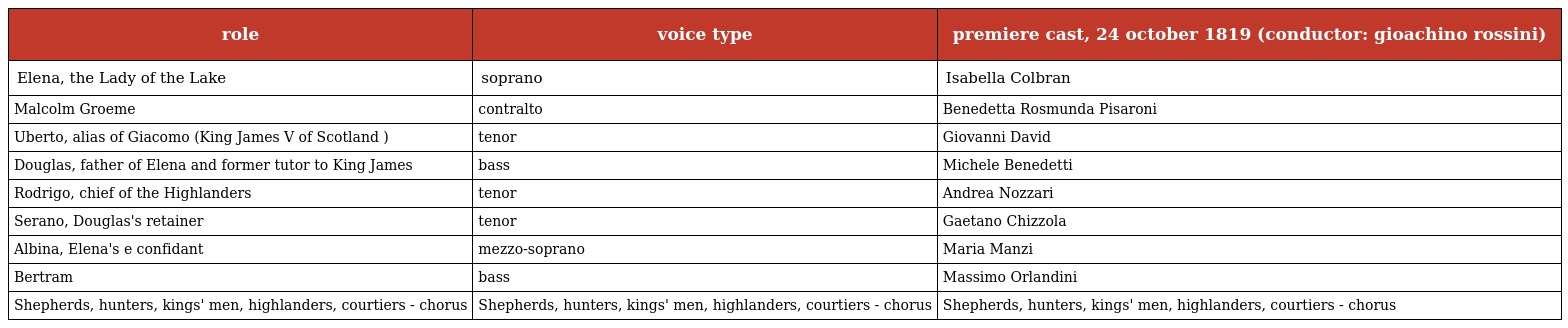
| role | voice type | premiere cast, 24 october 1819 (conductor: gioachino rossini) |
 | --- | --- | --- |
 | Elena, the Lady of the Lake | soprano | Isabella Colbran |
 | Malcolm Groeme | contralto | Benedetta Rosmunda Pisaroni |
 | Uberto, alias of Giacomo (King James V of Scotland ) | tenor | Giovanni David |
 | Douglas, father of Elena and former tutor to King James | bass | Michele Benedetti |
 | Rodrigo, chief of the Highlanders | tenor | Andrea Nozzari |
 | Serano, Douglas's retainer | tenor | Gaetano Chizzola |
 | Albina, Elena's e confidant | mezzo-soprano | Maria Manzi |
 | Bertram | bass | Massimo Orlandini |
 | Shepherds, hunters, kings' men, highlanders, courtiers - chorus | Shepherds, hunters, kings' men, highlanders, courtiers - chorus | Shepherds, hunters, kings' men, highlanders, courtiers - chorus |